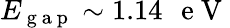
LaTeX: E_{\mathrm{~g~a~p~}}\sim 1.14\mathrm{~\, ~e~V~}